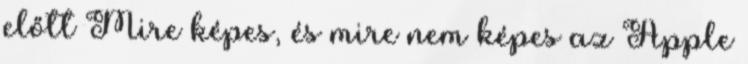
előtt Mire képes, és mire nem képes az Apple